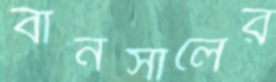
বানসালের